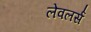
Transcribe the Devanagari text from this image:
लेवलर्स